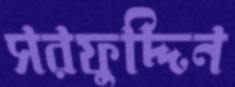
সরফুদ্দিন